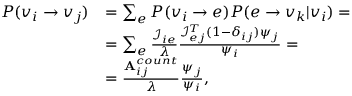
\begin{array} { r l } { P ( v _ { i } \rightarrow v _ { j } ) } & { = \sum _ { e } P ( v _ { i } \rightarrow e ) P ( e \rightarrow v _ { k } | v _ { i } ) = } \\ & { = \sum _ { e } \frac { \mathcal { I } _ { i e } } { \lambda } \frac { \mathcal { I } _ { e j } ^ { T } ( 1 - \delta _ { i j } ) \psi _ { j } } { \psi _ { i } } = } \\ & { = \frac { \mathbf { A } _ { i j } ^ { c o u n t } } { \lambda } \frac { \psi _ { j } } { \psi _ { i } } , } \end{array}